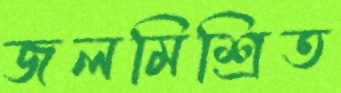
জলমিশ্রিত